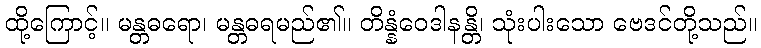
ထို့ကြောင့်။ မန္တဓရော၊ မန္တဓရမည်၏။ တိန္နံဝေဒါနန္တိ၊ သုံးပါးသော ဗေဒင်တို့သည်။